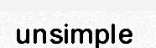
unsimple